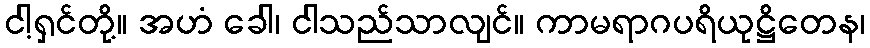
ငါ့ရှင်တို့။ အဟံ ခေါ၊ ငါသည်သာလျင်။ ကာမရာဂပရိယုဋ္ဌိတေန၊